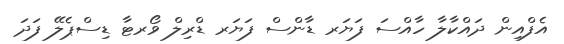
އެފްއިން ދައްކާލާ ހާއްސަ ފަޔަރ ޑާންސް ފަޔަރ ޑްރިލް ވޯރޓާ ޑިސްޕެލޭ ފަދަ